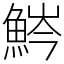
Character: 𩷒